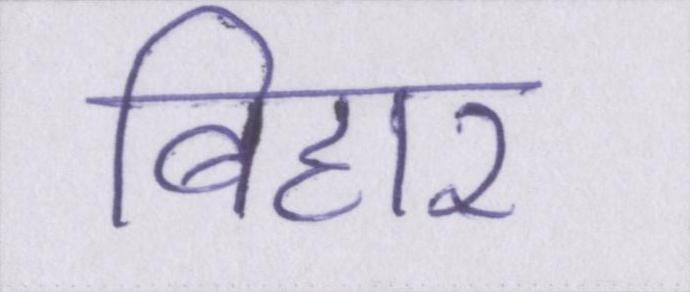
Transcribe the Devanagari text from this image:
बिहार